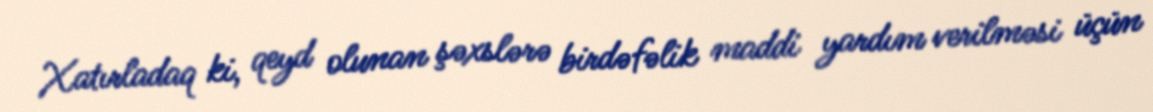
Xatırladaq ki, qeyd olunan şəxslərə birdəfəlik maddi yardım verilməsi üçün